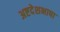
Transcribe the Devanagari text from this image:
अष्टदेशभाषा